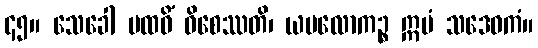
၄၅။ သေခေါ ပထဝိံ ဝိစေဿတိ၊ ယမလောကဉ္စ ဣမံ သဒေဝကံ။